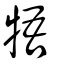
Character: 牾